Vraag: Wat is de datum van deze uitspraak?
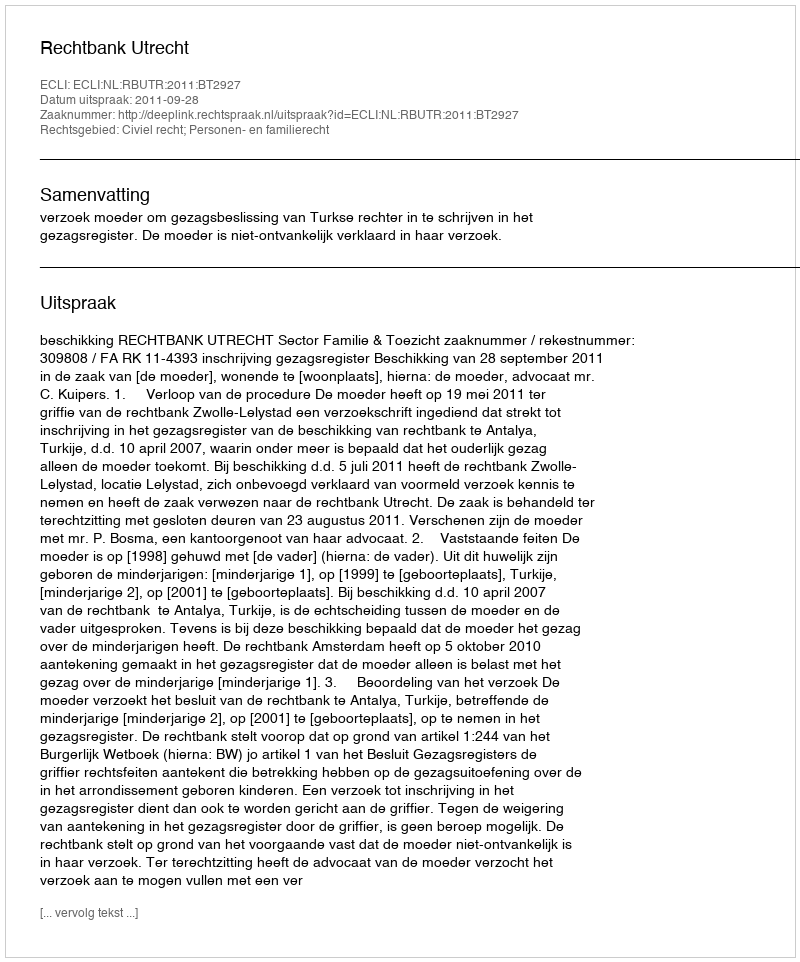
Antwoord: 2011-09-28